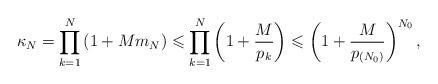
LaTeX: \begin{align*}\kappa_{N}=\prod_{k=1}^{N}\left( 1+Mm_{N}\right) \leqslant\prod_{k=1}^{N}\left( 1+\frac{M}{p_{k}}\right) \leqslant\left( 1+\frac{M}{p_{(N_{0})}}\right) ^{N_{0}},\end{align*}